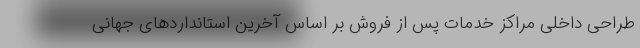
طراحی داخلی مراکز خدمات پس از فروش بر اساس آخرین استانداردهای جهانی